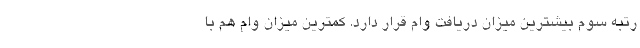
رتبه سوم بیشترین میزان دریافت وام قرار دارد. کمترین میزان وام هم با